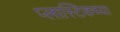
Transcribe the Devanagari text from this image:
प्लास्टिकच्या